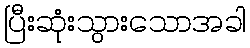
ပြီးဆုံးသွားသောအခါ